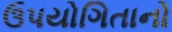
ઉપયોગિતાનો